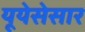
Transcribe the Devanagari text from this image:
यूयेसेसार